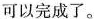
可以完成了。